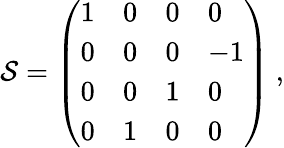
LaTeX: {\cal S}=\left(\begin{array}{llll}{{1}}&{{0}}&{{0}}&{{0}}\\ {{0}}&{{0}}&{{0}}&{{-1}}\\ {{0}}&{{0}}&{{1}}&{{0}}\\ {{0}}&{{1}}&{{0}}&{{0}}\end{array}\right)\ ,